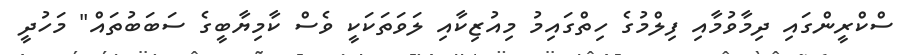
ސްކްރީންގައި ދިމާވުމާއި ފިލްމުގެ ހިތްގައިމު މިއުޒިކާއި ލަވަތަކަކީ ވެސް ކާމިޔާބީގެ ސަބަބުތައް" މަހުދީ